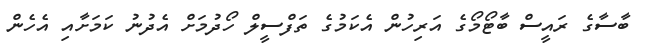
ބާސާގެ ރައީސް ބާޓޯމޯގެ އަރިހުން އެކަމުގެ ތަފްސީލް ހޯދުމަށް އެދުނު ކަމަށާއި އެހެން